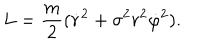
L = \frac { m } { 2 } ( \dot { r } { } ^ { 2 } + \sigma ^ { 2 } r ^ { 2 } \dot { \varphi } { } ^ { 2 } ) .